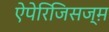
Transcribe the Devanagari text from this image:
ऐपेरिजिसज्म़